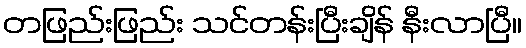
တဖြည်းဖြည်း သင်တန်းပြီးချိန် နီးလာပြီ။